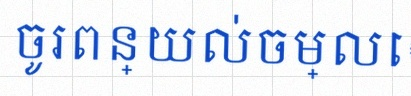
ចូរពន្យល់ចម្លើយ